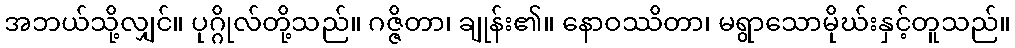
အဘယ်သို့လျှင်။ ပုဂ္ဂိုလ်တို့သည်။ ဂဇ္ဇိတာ၊ ချုန်း၏။ နောဝဿိတာ၊ မရွာသောမိုဃ်းနှင့်တူသည်။